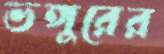
ভঙ্গুরের